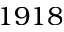
1 9 1 8